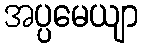
အပ္ပမေယျာ